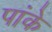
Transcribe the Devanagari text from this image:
पांके